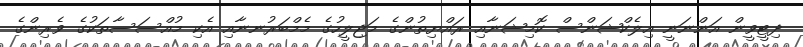
ދިޓީވީން އަންނަނީ އިލެކްޝަންސް ކޮމިޝަނާއި ރައްޔިތުންގެ މަޖިލީހުގެ މެމްބަރުނނާއި އެކި މުއްސަސާތަކުގެ ވެރިންގެ